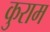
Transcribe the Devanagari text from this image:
कुराम